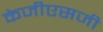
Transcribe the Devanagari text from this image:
केजीएसजी